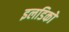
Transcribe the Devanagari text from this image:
इलडिको